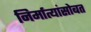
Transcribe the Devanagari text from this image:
निर्मात्यांसोबत